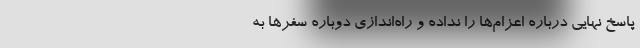
پاسخ نهایی درباره اعزام‌ها را نداده و راه‌اندازی دوباره سفرها به